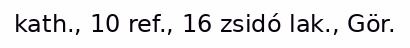
kath., 10 ref., 16 zsidó lak., Gör.